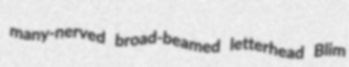
many-nerved broad-beamed letterhead Blim